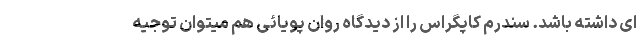
ای داشته باشد. سندرم کاپگراس را از دیدگاه روان پویائی هم میتوان توجیه